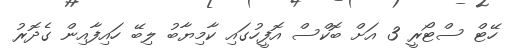
ހޭޓް ސްޓޯރީ 3 އަށް ބޮކްސް އޮފީހުގައި ކާމިޔާބު ލިބޭ ހައިފާއިން ގެދޮރު